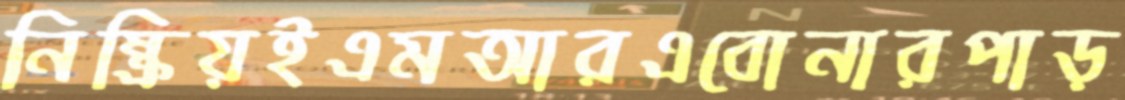
নিষ্ক্রিয়ইএমআরএবোনারপাড়